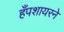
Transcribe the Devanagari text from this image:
हँपशायरने